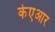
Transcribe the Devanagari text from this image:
केएआर